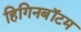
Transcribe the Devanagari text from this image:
हिगिनबॉटम